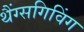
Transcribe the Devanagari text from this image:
थैंग्सगिविंग